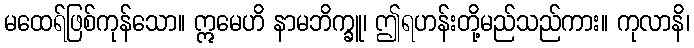
မထေရ်ဖြစ်ကုန်သော။ ဣမေဟိ နာမဘိက္ခူ၊ ဤရဟန်းတို့မည်သည်ကား။ ကုလာနိ၊